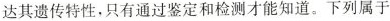
达其遗传特性，只有通过鉴定和检测才能知道。下列属于